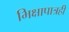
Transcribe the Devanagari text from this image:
भिक्षापात्रही